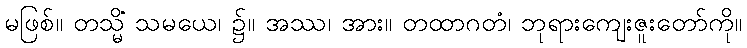
မဖြစ်။ တသ္မိံ သမယေ၊ ၌။ အဿ၊ အား။ တထာဂတံ၊ ဘုရားကျေးဇူးတော်ကို။